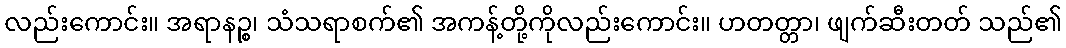
လည်းကောင်း။ အရာနဉ္စ၊ သံသရာစက်၏ အကန့်တို့ကိုလည်းကောင်း။ ဟတတ္တာ၊ ဖျက်ဆီးတတ် သည်၏